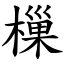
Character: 樔